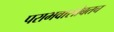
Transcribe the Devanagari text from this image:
पराभवासोबतच